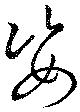
姿